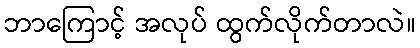
ဘာကြောင့် အလုပ် ထွက်လိုက်တာလဲ။